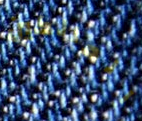
المالكين